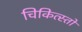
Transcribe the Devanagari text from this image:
चिकित्स्तो